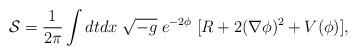
LaTeX: \begin{align*}{\cal S}=\frac{1}{2\pi}\int dtdx\;\sqrt{-g}\;e^{-2\phi}\;[R+2(\nabla\phi)^2+V(\phi)],\end{align*}